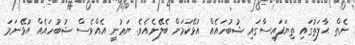
ނެތް ޙާލަތުގައި ތިޔަފައިސާގައި ޝުބުހައެއް އުޅޭކަމަށް ބެލޭނެއެވެ. ޔަޢުނީ އެއްވެސް ޝުބުހައެއް އުޅޭނަމަ